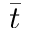
\bar { t }